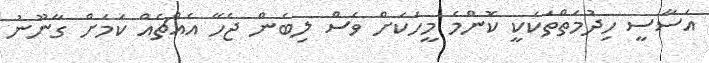
އަސާސީ ހިދުމަތްތަކަކީ ކޮންމެ މީހަކަށް ވެސް ލިބެން ޖެހޭ އެއްޗެއް ކަމަށް ގާނޫނު